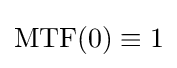
\mathrm {MTF} (0)\equiv 1